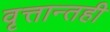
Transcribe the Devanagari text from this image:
वृत्तान्तही